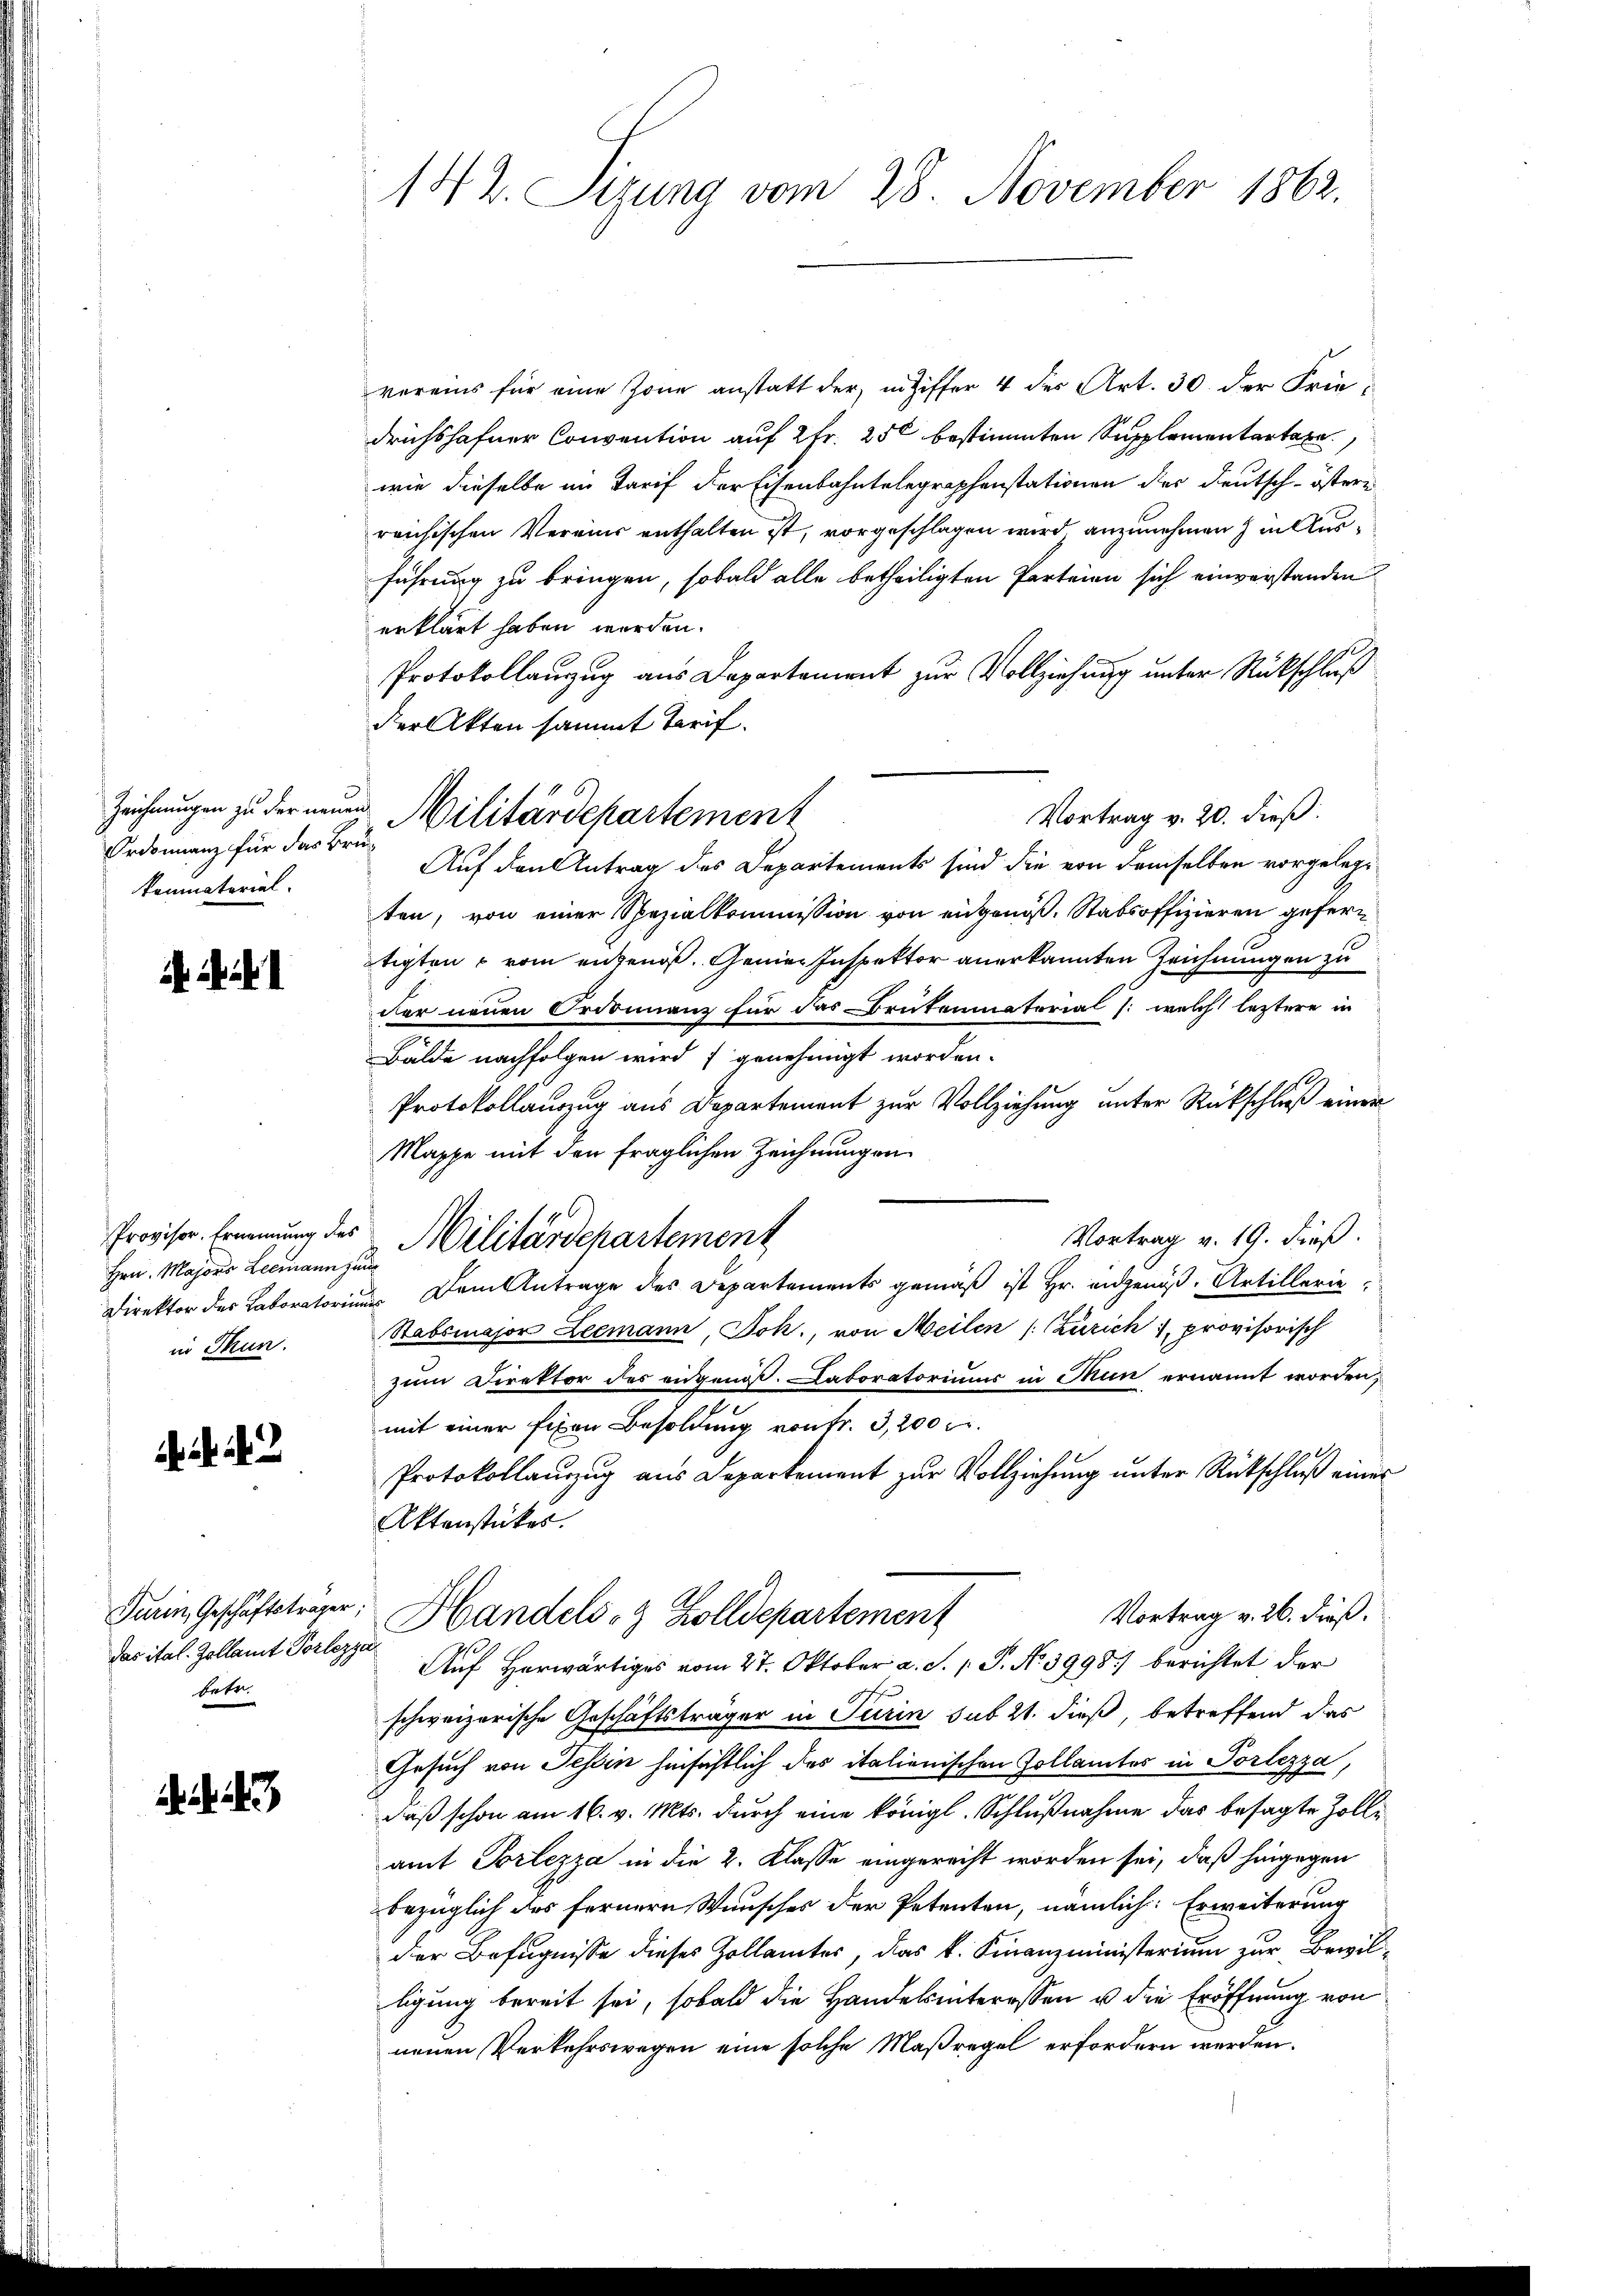
Zeichnungen zu der neuen
Ordonnanz für das Bre
konmaterial.

Hrn. Majors Leemann jung
in Thun.

Turin, Geschäftsträger
das ital. Zollamt Vorlez
betr.

142. Sizung vom 28. November 1862.

vereins für eine Zone anstatt der in Ziffer 4 der Art. 30. der Friedrichshofner Convention auf 2fr. 250 bestimmten Supplementartage
wie dieselbe im Tarif der Eisenbahntelegraphenstationen der Deutsch-östere
reichischen Vereins enthalten ist, vorgeschlagen wird, anzunehmen hielte
führung zu bringen, sobald alle betheiligten Parteien sich einverstanden
erklärt haben werden.
Protokollanzug aus Departement zur Vollziehung unter Rückschluß
der Akten sammt Tarif.
Vortrag v. 20. dieß:
i
ten, von einer Spezialkommission von eingenoß. Stabsoffizieren gefertigten vom angenoß. Gener Inspektor anerkannten Zeichnungen zu
der neuen Ordonnanz für das Brutenmatorial /: welch letztere in
Bälde nachfolgen wird ; genehmigt worden.
Protokollauszug aus Departement zur Vollziehung unter Rückschluß einer
Mappe mit den fraglichen Zeichnungen
Provisor Erinnung des Militärdepartement
Vortrag v. 19. dieß.
Direktor des Laboratoriums dem Antrage des Departements gemäß ist Hr. angenöß. Artillerie
Stabsmajor Leemann, Jok., von Meilen (Zürich), provisorisch
zum Direktor des eidgenöß. Laboratoriums in Mun ernannt worden,
mit einer fixen Besoldung von Fr. 3,200 Fr.
Protokollaŭzŭg aŭs Departement zŭr Vollziehŭng ŭnter Rückschluß einer
Aktenstückes
Vortrag v. 26. dieß.
Handels- & Zolldepartement
t
Auf Herwärtiges vom 27. Oktober a. S. 1 S. No 3998.) berichtet der
schweizerische Geschäftsträger in Turin sub 21. dieß, betreffend das
Gesuch von Tessin hinsichtlich des italionischen Zollamtes in Portezza,
daß schon am 16. v. Mts. durch eine königl. Schlußnahme das besagte Zolle
amt Portezza in die 2. Klasse eingerecht worden sei, daß hingegen
bezüglich des fernern Wunsches der Petenten, nämlich: Erweiterung
der Befugnisse dieses Zollamtes, das k. Finanzministerium zur Bewilligung bereit sei, sobald die Handelsinteressen u die Eröffnung von
neuen Verkehrswegen eine solche Maßregel erfordern werden.

Militärdepartement
Auf den Antrag des Departements sind die von demselben vorgeleg¬